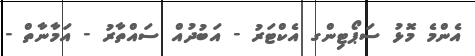
އެންމެ މޮޅު ސަޕޯޓިންގ އެކްޓަރު - އަބުދުއް ސައްތާރު - އަމާނާތް -